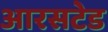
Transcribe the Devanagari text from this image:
आरसटेड